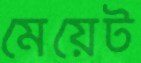
মেয়েট